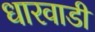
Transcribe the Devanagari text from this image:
धारवाडी